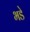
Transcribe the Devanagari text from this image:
भडे